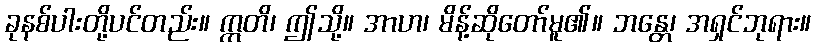
ခုနစ်ပါးတို့ပင်တည်း။ ဣတိ၊ ဤသို့။ အာဟ၊ မိန့်ဆိုတော်မူ၏။ ဘန္တေ၊ အရှင်ဘုရား။